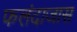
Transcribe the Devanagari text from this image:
फलंदाजास